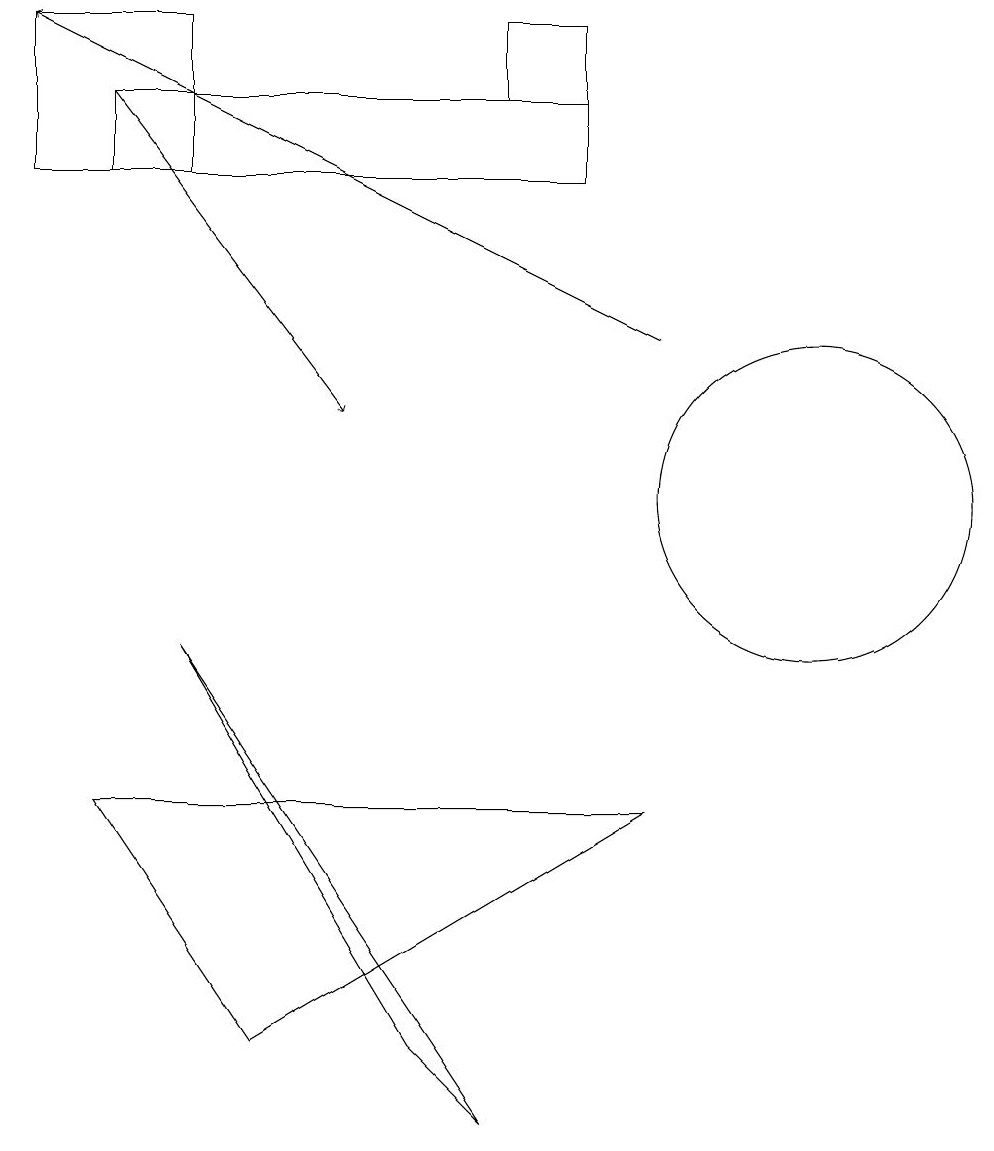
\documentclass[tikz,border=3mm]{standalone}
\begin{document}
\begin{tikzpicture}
\draw (7,16) rectangle (8,17);
\draw (2,15) rectangle (8,16);
\draw (4,4) -- (2,7) -- (9,7) -- cycle;
\draw (6,4) -- (7,3) -- (3,9) -- cycle;
\draw[->] (9,13) -- (1,17);
\draw[->] (2,16) -- (5,12);
\draw (1,17) rectangle (3,15);
\draw (11,11) circle (2);
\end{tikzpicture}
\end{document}